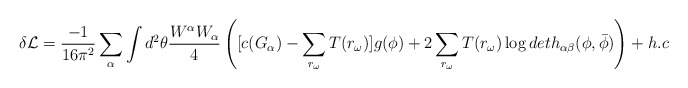
\begin{align*}\delta{\cal L} = \frac{-1}{16{\pi}^2}\sum_{\alpha}\int d^2 \theta\frac{W^{\alpha}W_{\alpha}}{4} \left([c(G_{\alpha}) -\sum_{r_{\omega}} T(r_{\omega})]g(\phi)+2\sum_{r_{\omega}}T(r_{\omega})\log det h_{\alpha\beta}(\phi,{\bar\phi})\right)+h.c\end{align*}